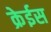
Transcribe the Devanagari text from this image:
क्रेईस